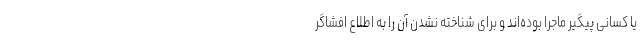
یا کسانی پیگیر ماجرا بوده‌اند و برای شناخته نشدن آن را به اطلاع افشاگر